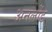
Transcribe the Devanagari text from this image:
अनलोंड